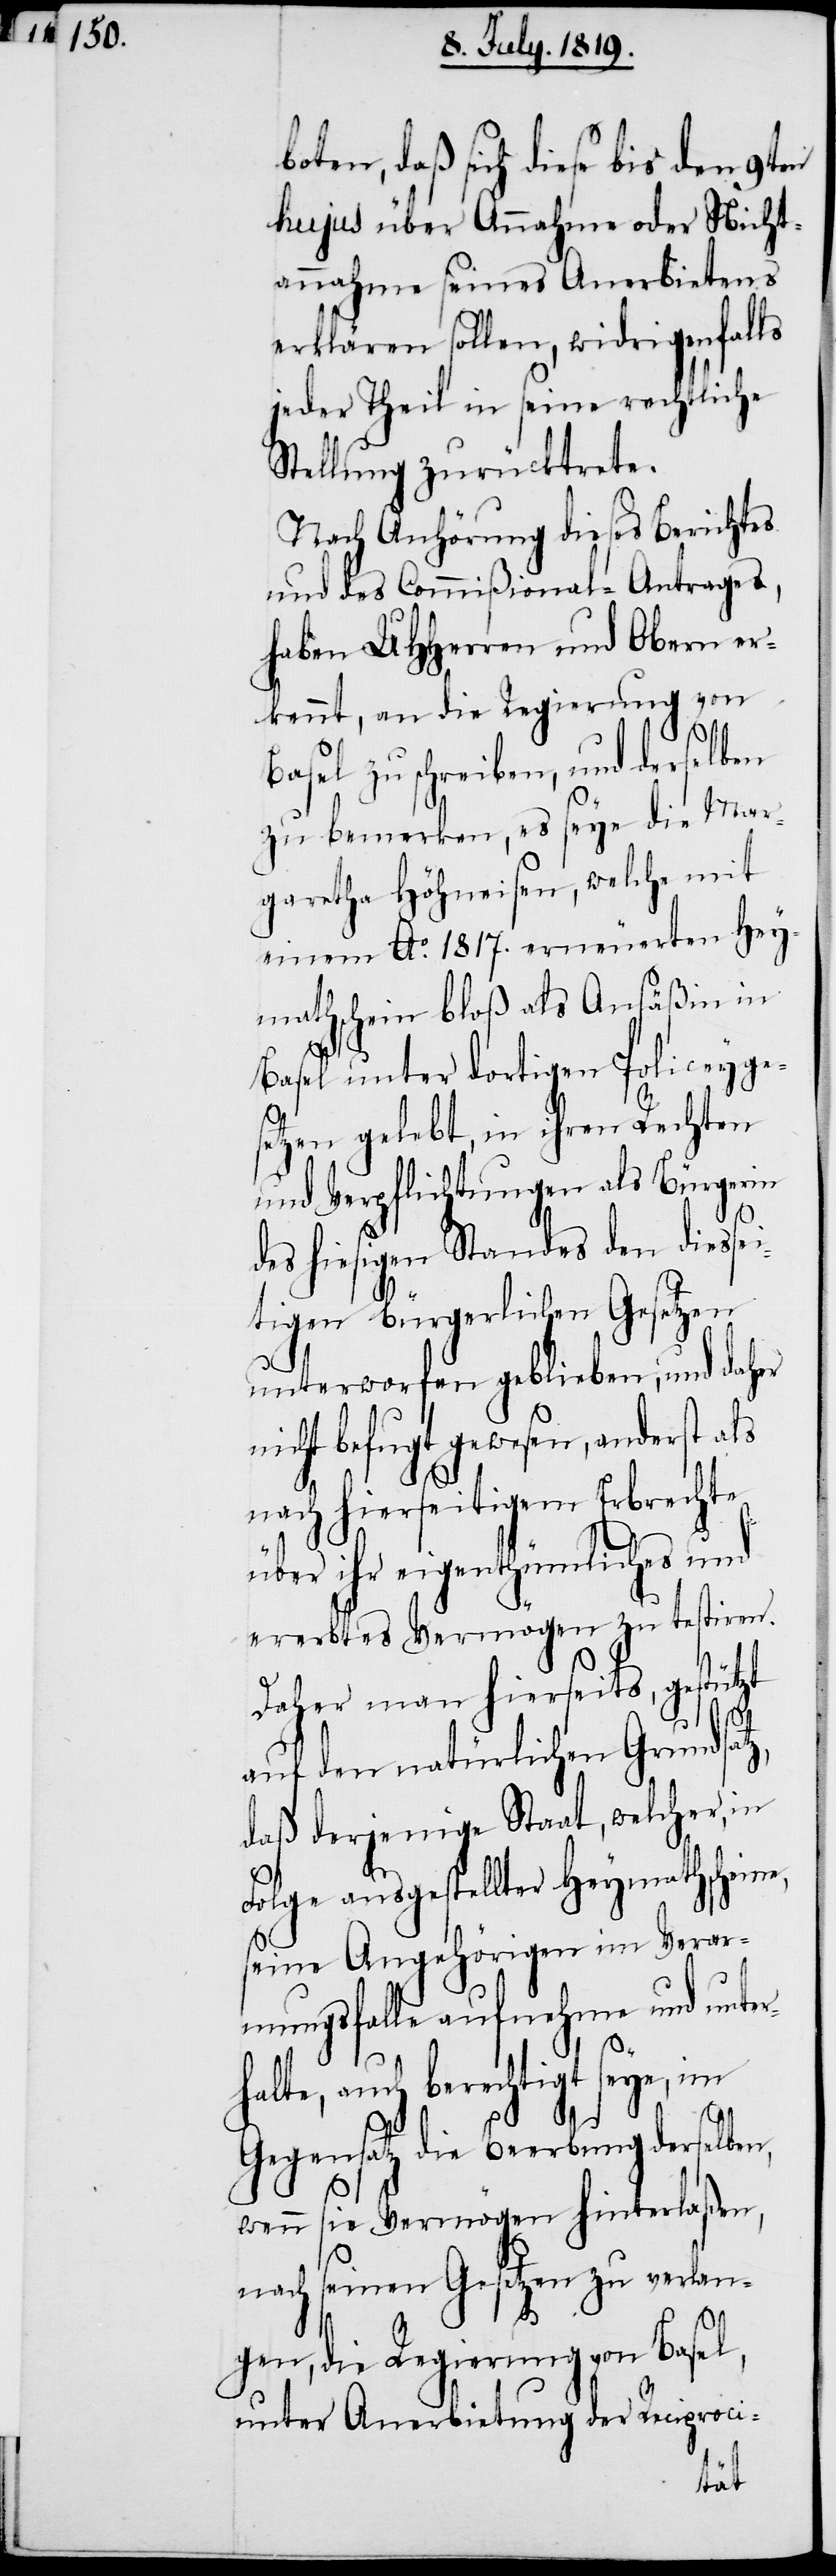
h¬

boten, daß sich diese bis den 9ten
hujus über Annahme oder Nicht¬
annahme seines Anerbietens
erklären sollen, widrigenfalls
jeder Theil in seine rechtliche
Stellung zurücktrete.
Nach Anhörung dieses Berichtes
und des Commißional-Antrages,
haben UHHerren und Obern er¬
kennt, an die Regierung von
z,
Basel zu schreiben, und derselben
zu bemerken, es seye die Mar¬
garetha Höhneisen, welche mit
einem Ao. 1817. erneuerten Hey¬
mathschein bloß als Ansäßin in
Basel unter dortigen Policeyge¬
setzen gelebt, in ihren Rechten
und Verpflichtungen als Bürgerin
des hiesigen Standes den diesse¬
itigen bürgerlichen Gesetzen
unterworfen geblieben, und daher
nicht befugt gewesen, anderst als
nach hierseitigem Erbrechte
über ihr eigenthümliches und
ererbtes Vermögen zu testiren.
Daher man hierseits, gestützt
auf den natürlichen Grundsat¬
daß derjenige Staat, welcher, in
Folge ausgestellter Heymathschein¬
seine Angehörigen im Verar¬
mungsfalle aufnehme und unter¬
alte, auch berechtigt seye, im
Gegensatz die Beerbung derselben,
wenn sie Vermögen hinterlaßen,
nach seinen Gesetzen zu verlan¬
gen, die Regierung von Basel,
unter Anerbietung der Reciproci-